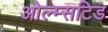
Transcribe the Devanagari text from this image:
ओल्म्सटिड